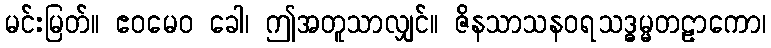
မင်းမြတ်။ ဧဝမေဝ ခေါ၊ ဤအတူသာလျှင်။ ဇိနသာသနဝရသဒ္ဓမ္မတဠာကော၊